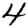
Digit: 4